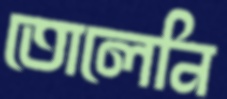
তোলেনি